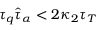
\tau _ { q } \hat { \tau } _ { \alpha } < 2 \kappa _ { 2 } \tau _ { T }